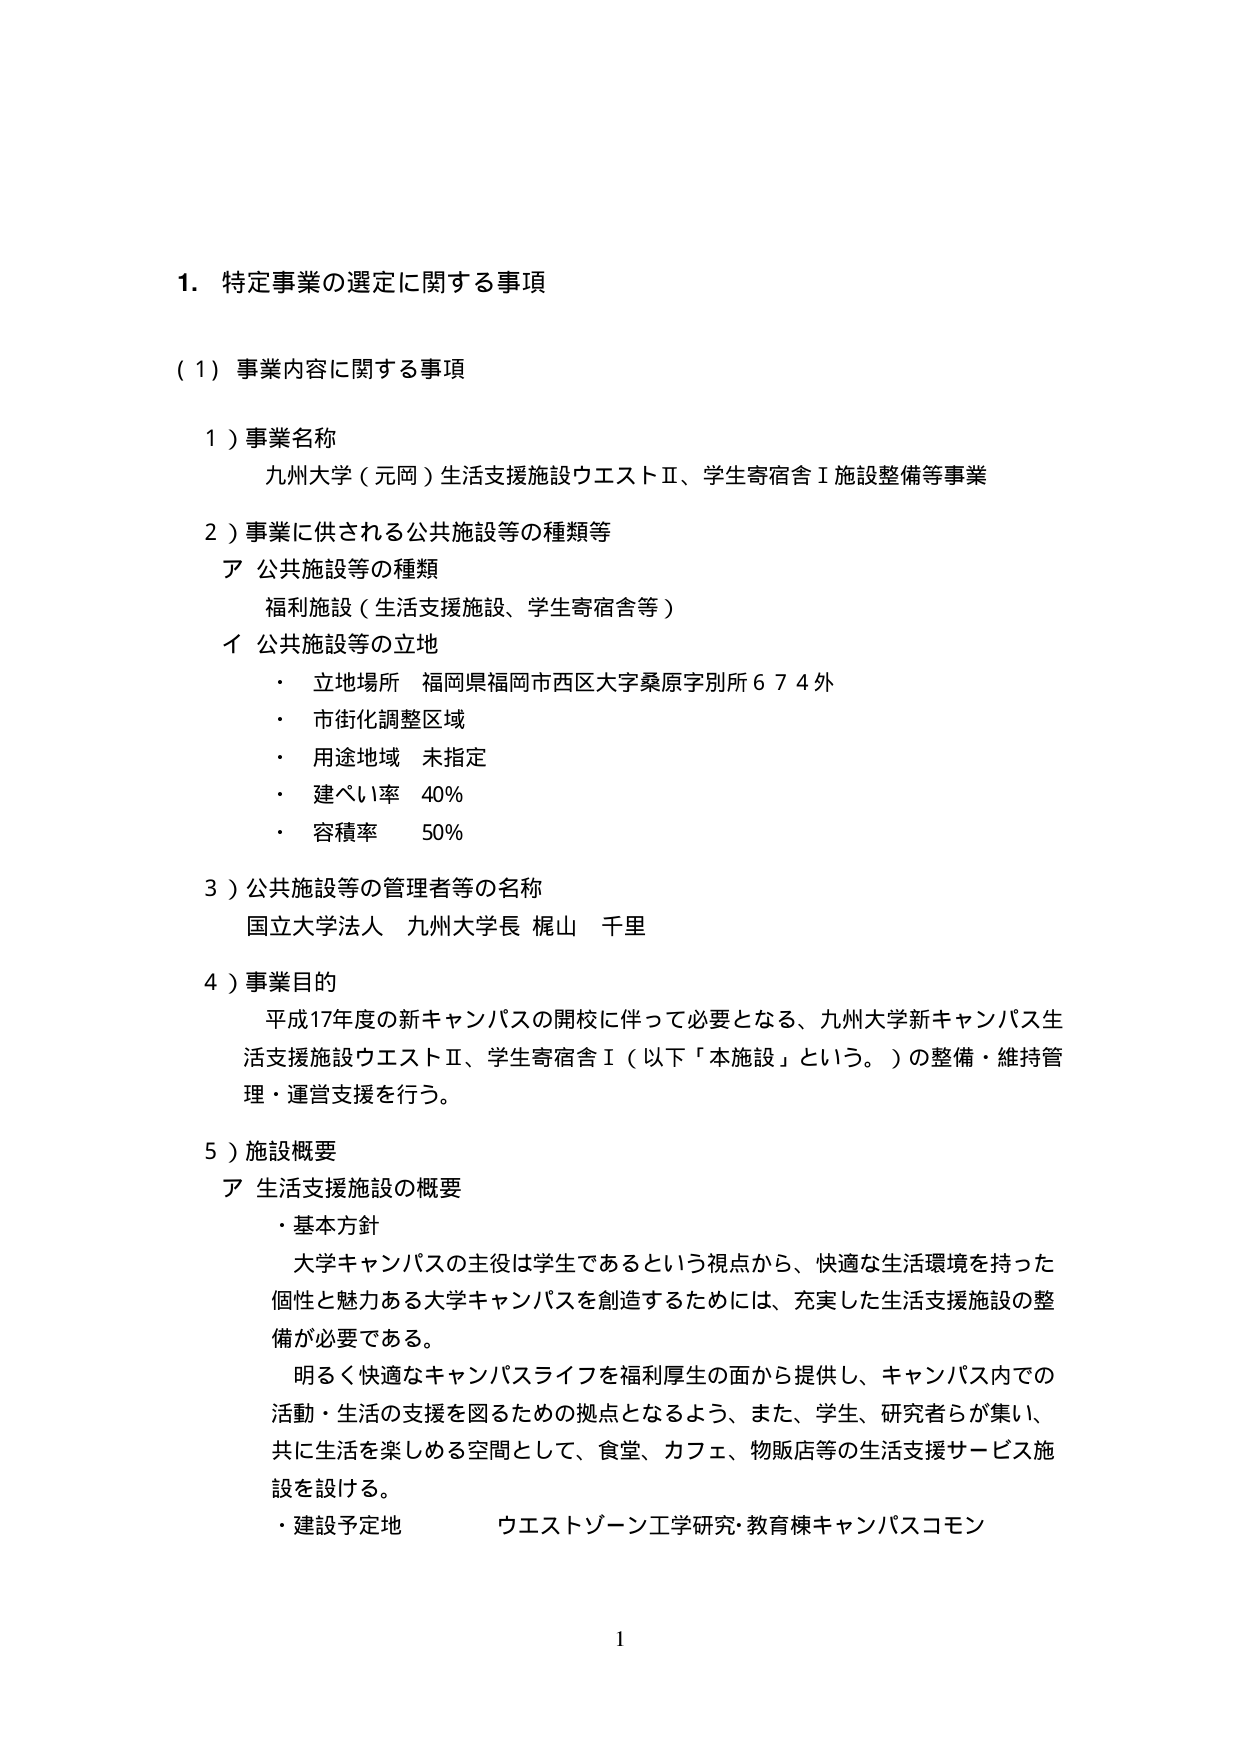
1. 特定事業の選定に関する事項

（1）事業内容に関する事項

1）事業名称
九州大学（元岡）生活支援施設ウエストⅡ、学生寄宿舎Ⅰ施設整備等事業

2）事業に供される公共施設等の種類等
ア 公共施設等の種類
　福利施設（生活支援施設、学生寄宿舎等）
イ 公共施設等の立地
　・ 立地場所 福岡県福岡市西区大字桑原字別所６７４外
　・ 市街化調整区域
　・ 用途地域 未指定
　・ 建ぺい率 40%
　・ 容積率 50%

3）公共施設等の管理者等の名称
国立大学法人 九州大学長 梶山 千里

4）事業目的
平成17年度の新キャンパスの開校に伴って必要となる、九州大学新キャンパス生活支援施設ウエストⅡ、学生寄宿舎Ⅰ（以下「本施設」という。）の整備・維持管理・運営支援を行う。

5）施設概要
ア 生活支援施設の概要
　・基本方針
　　大学キャンパスの主役は学生であるという視点から、快適な生活環境を持った個性と魅力ある大学キャンパスを創造するためには、充実した生活支援施設の整備が必要である。
　　明るく快適なキャンパスライフを福利厚生の面から提供し、キャンパス内での活動・生活の支援を図るための拠点となるよう、また、学生、研究者らが集い、共に生活を楽しめる空間として、食堂、カフェ、物販店等の生活支援サービス施設を設ける。
　・建設予定地 ウエストゾーン工学研究・教育棟キャンパスコモン

1